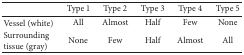
|  | Type 1 | Type 2 | Type 3 | Type 4 | Type 5 |
 | --- | --- | --- | --- | --- | --- |
 | Vessel (white) | All | Almost | Half | Few | None |
 | Surrounding tissue (gray) | None | Few | Half | Almost | All |